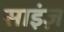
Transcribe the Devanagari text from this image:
साइंज़